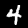
Digit: 4